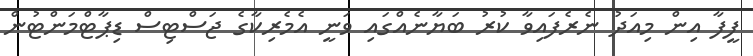
ފީފާ އިން މިއަދު ނެރެފައިވާ ކުރު ބަޔާނެއްގައި ވަނީ އެމެރިކާގެ ޖަސްޓިސް ޑިޕާޓްމަންޓުން